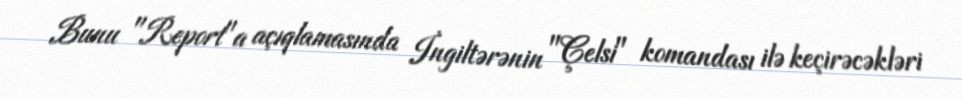
Bunu "Report"a açıqlamasında İngiltərənin "Çelsi" komandası ilə keçirəcəkləri